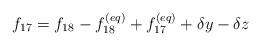
LaTeX: \begin{align*}{f_{17}} = {f_{18}} - f_{18}^{\left( {eq} \right)} + f_{17}^{\left( {eq} \right)} + \delta y - \delta z\end{align*}